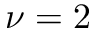
\nu = 2